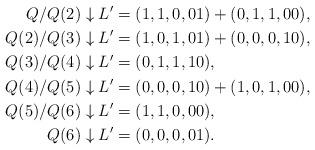
LaTeX: \begin{align*}Q/Q(2) \downarrow L' &= (1,1,0,01) + (0,1,1,00), \\Q(2)/Q(3) \downarrow L' &= (1,0,1,01) + (0,0,0,10), \\Q(3)/Q(4) \downarrow L' &= (0,1,1,10), \\Q(4)/Q(5) \downarrow L' &= (0,0,0,10) + (1,0,1,00), \\Q(5)/Q(6) \downarrow L' & = (1,1,0,00), \\Q(6) \downarrow L' & = (0,0,0,01).\end{align*}